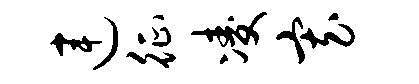
连征凌寡